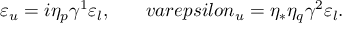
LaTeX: \varepsilon _ { u } = i \eta _ { p } \gamma ^ { 1 } \varepsilon _ { l } , \ \ \ \ \ \, v a r e p s i l o n _ { u } = \eta _ { * } \eta _ { q } \gamma ^ { 2 } \varepsilon _ { l } .